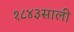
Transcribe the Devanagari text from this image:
१८४३साली